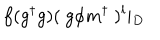
f ( g ^ { \dagger } g ) ( ~ g \phi m ^ { \dagger } ~ ) ^ { l } \vert _ { D }